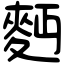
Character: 麪